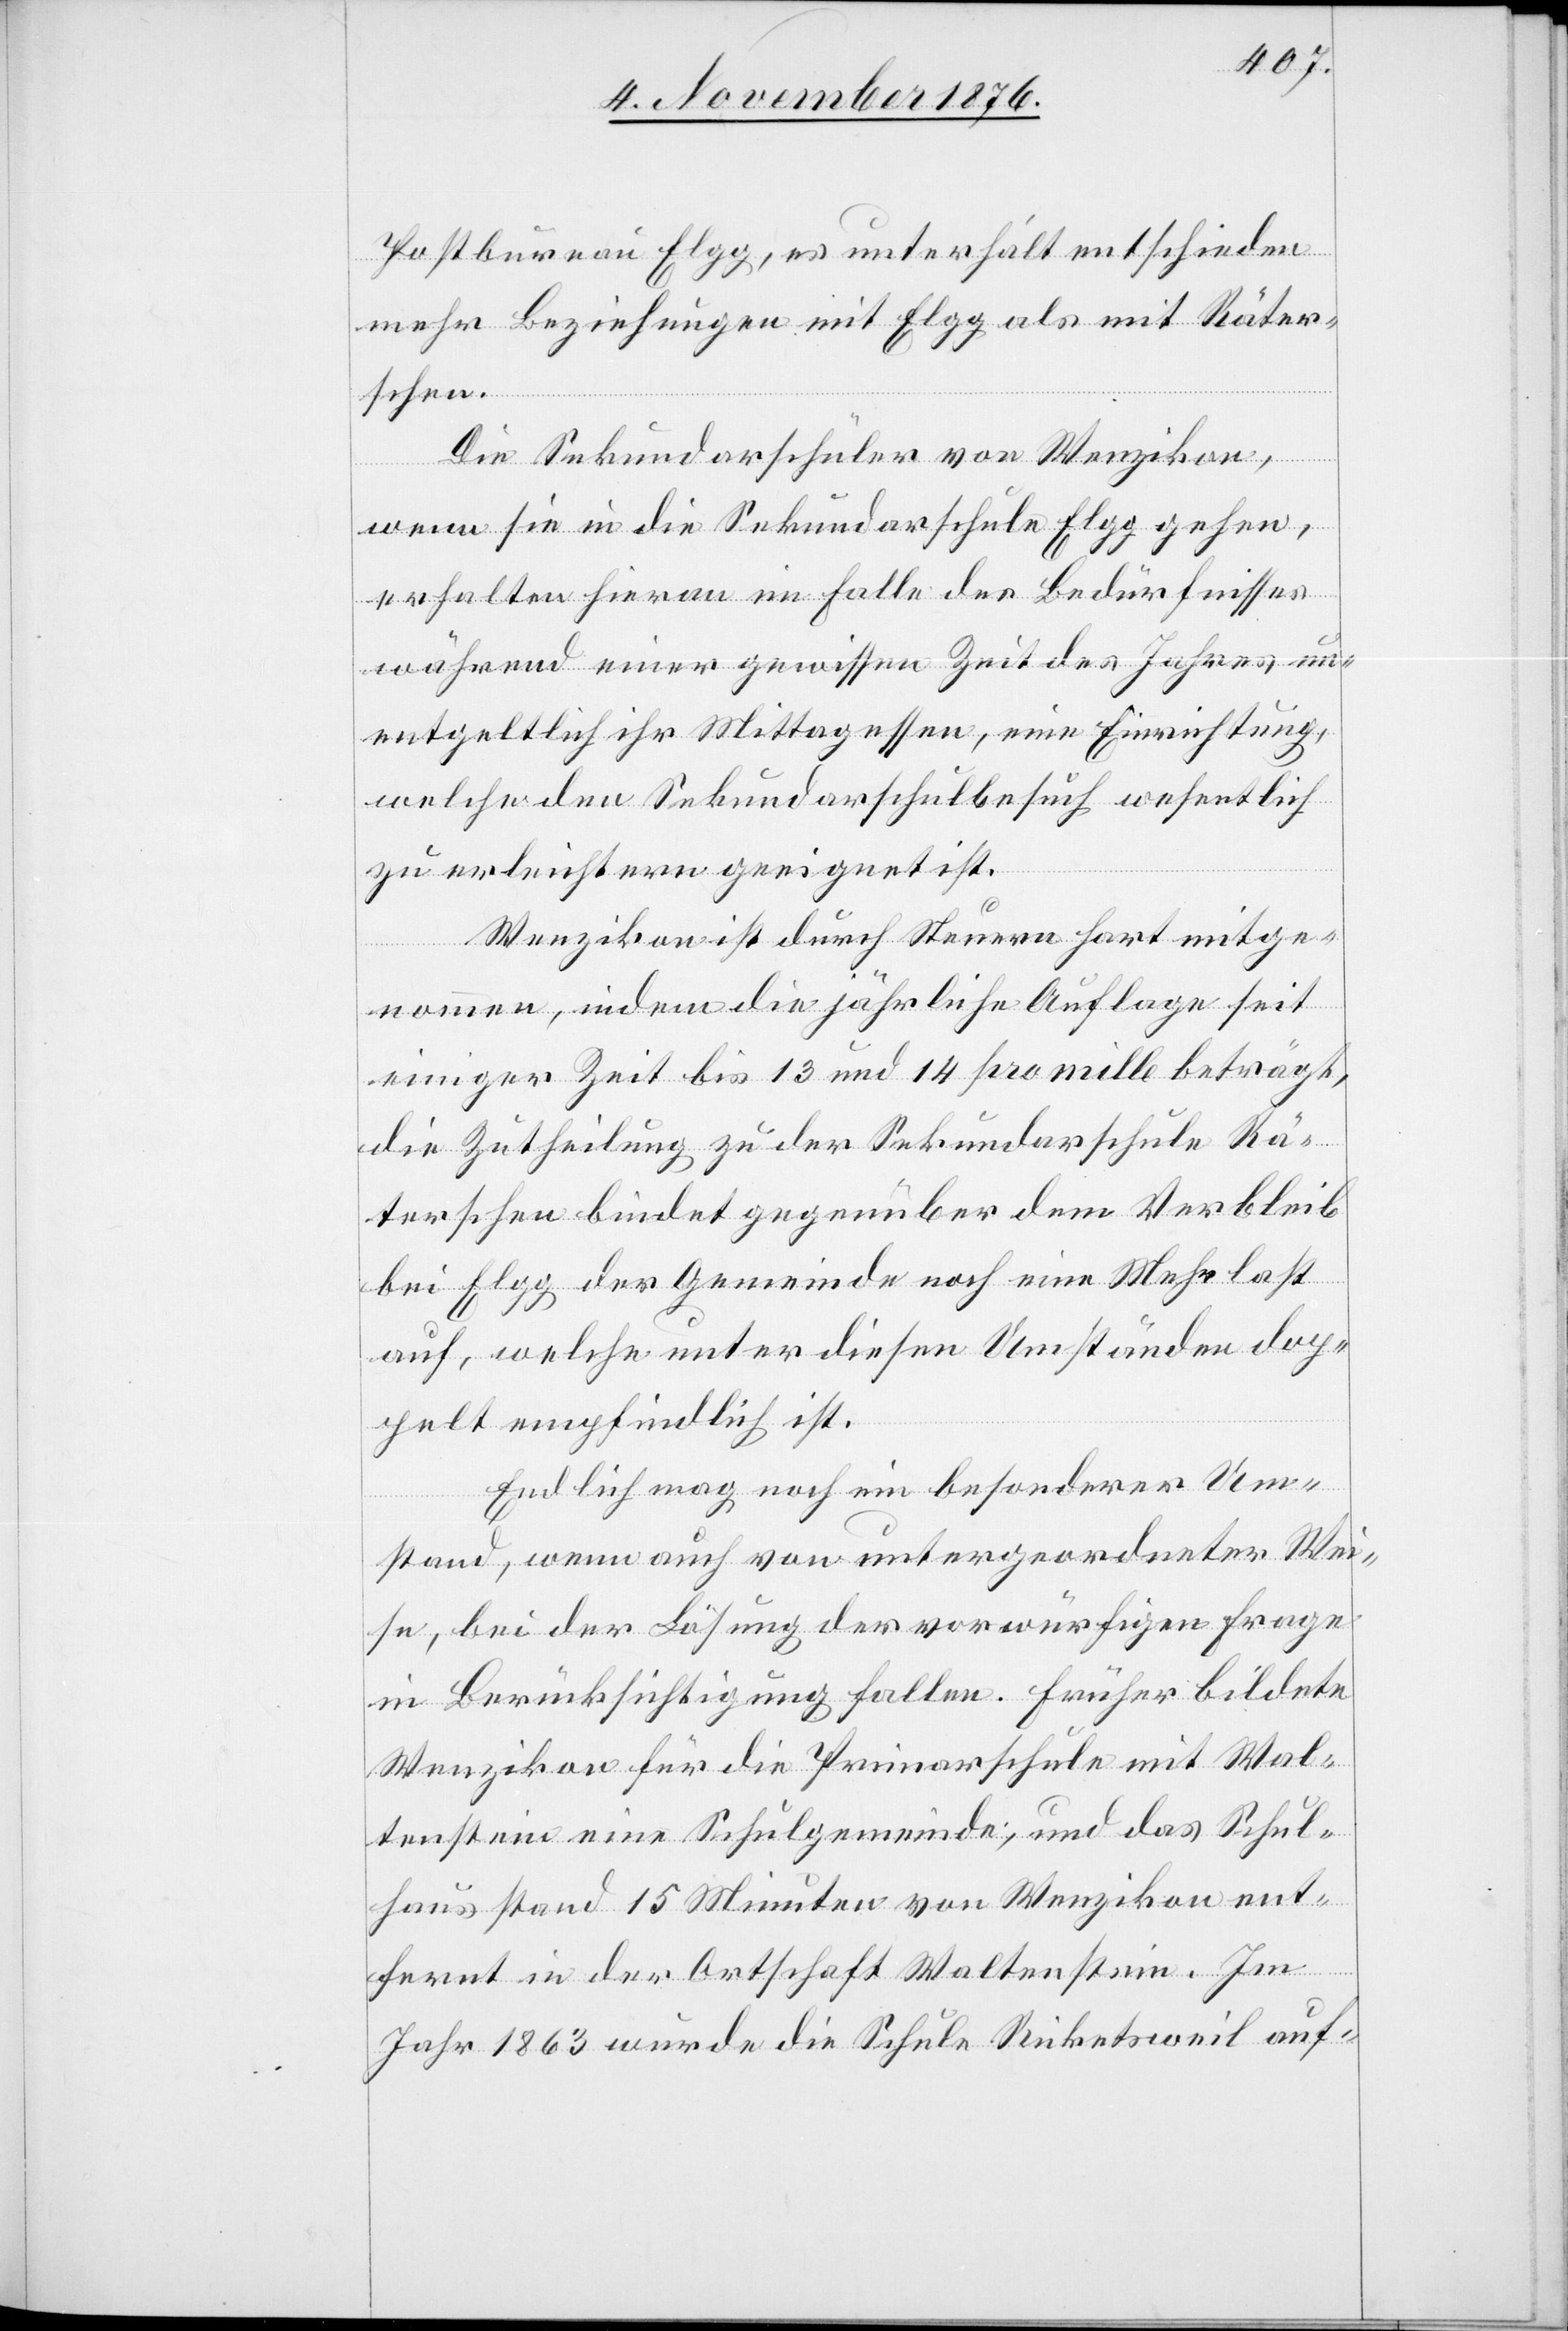
Postbureau Elgg, es unterhält entschieden
mehr Beziehungen mit Elgg als mit Räter¬
schen.
Die Sekundarschüler von Wenzikon,
wenn sie in die Sekundarschule Elgg gehen,
erhalten hieran im Falle des Bedürfnisses
während einer gewissen Zeit des Jahres un¬
entgeltlich ihr Mittagessen, eine Einrichtung,
welche den Sekundarschulbesuch wesentlich
zu erleichtern geeignet ist.
Wenzikon ist durch Steuern hart mitge¬
nommen, indem die jährliche Auflage seit
einiger Zeit bis 13 und 14 pro mille beträgt,
die Zutheilung zu der Sekundarschule Rä¬
terschen bindet gegenüber dem Verbleib
bei Elgg der Gemeinde noch eine Mehrlast
auf, welche unter diesen Umständen dop¬
pelt empfindlich ist.
Endlich mag noch ein besonderer Um¬
stand, wenn auch von untergeordneter Wei¬
se, bei der Lösung der vorwürfigen Frage
in Berücksichtigung fallen. Früher bildete
Wenzikon für die Primarschule mit Wal¬
tenstein eine Schulgemeinde, und das Schul¬
haus stand 15 Minuten von Wenzikon ent¬
fernt in der Ortschaft Waltenstein. Im
Jahr 1863 wurde die Schule Ricketsweil auf-